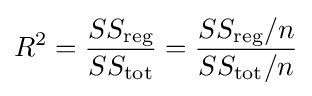
R^{2}={\frac {SS_{\text{reg}}}{SS_{\text{tot}}}}={\frac {SS_{\text{reg}}/n}{SS_{\text{tot}}/n}}